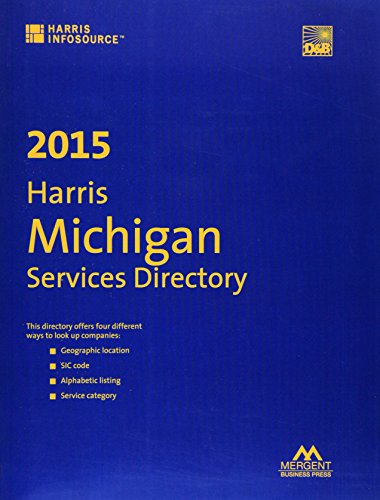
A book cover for Harris Michigan Services Directory 2015; Business & Money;